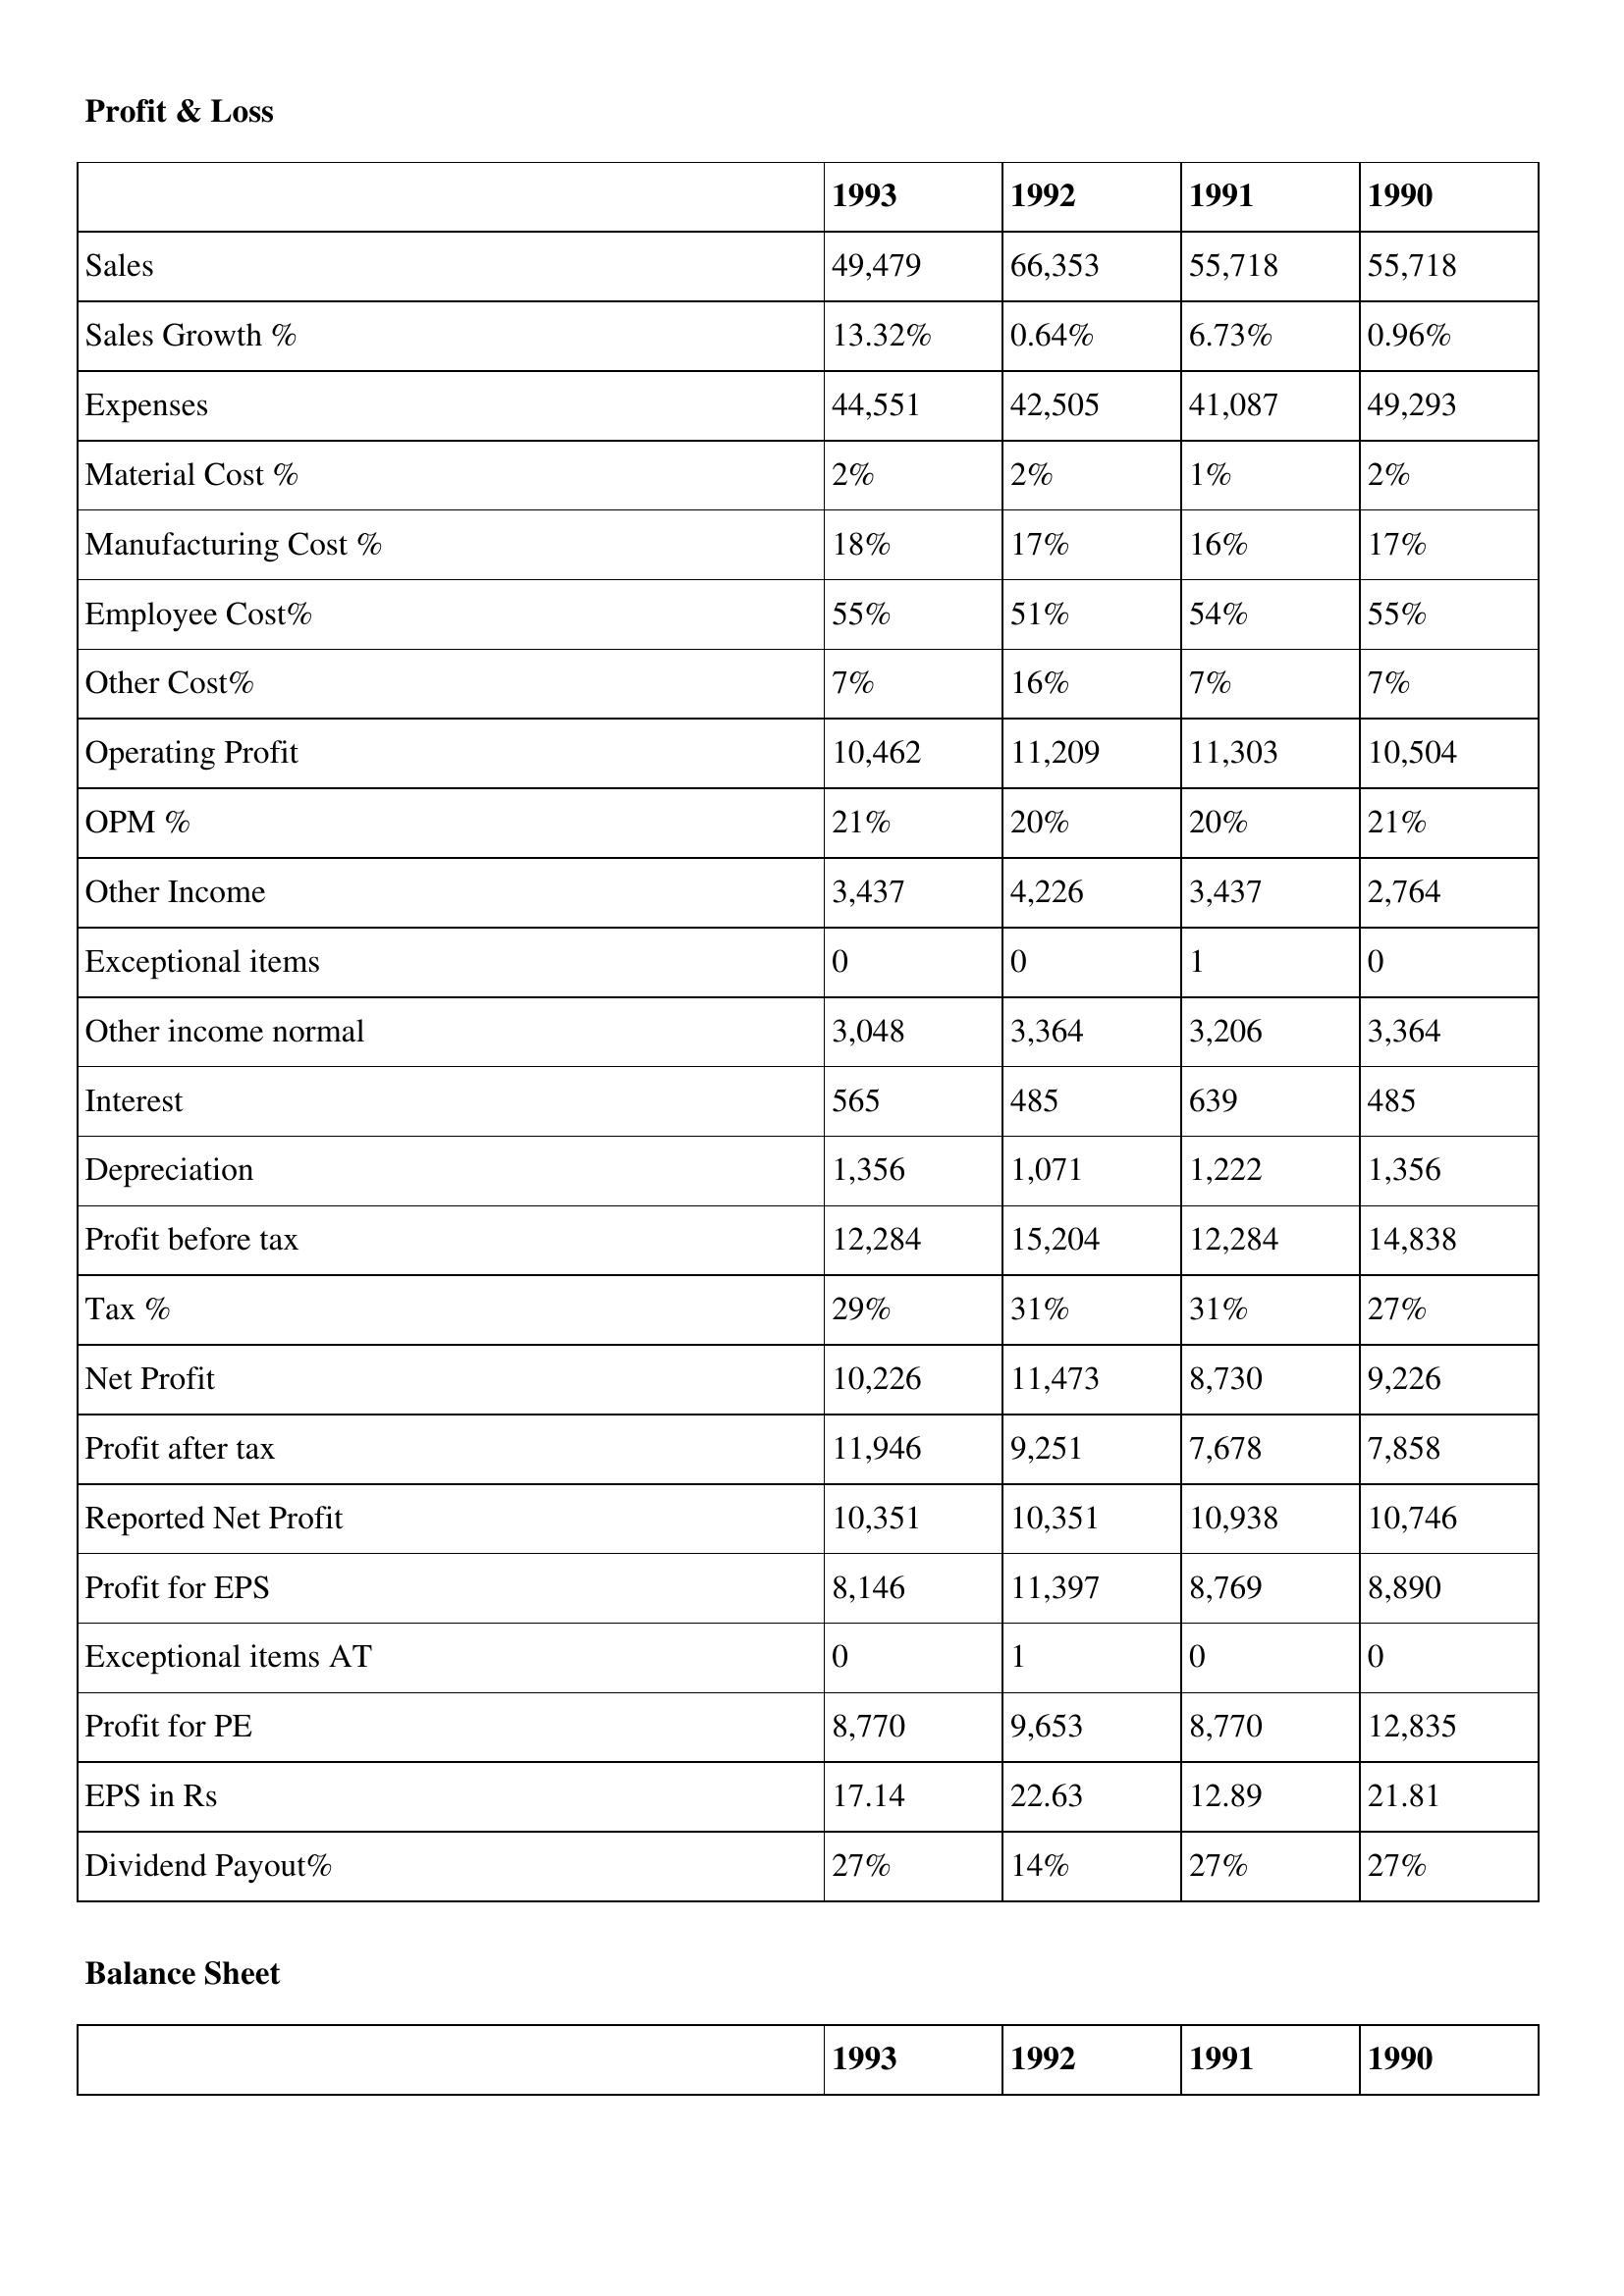
gt_parse: 1993: Profit & Loss: Sales: 49,479
Sales Growth %: 13.32%
Expenses: 44,551
Material Cost %: 2%
Manufacturing Cost %: 18%
Employee Cost%: 55%
Other Cost%: 7%
Operating Profit: 10,462
OPM %: 21%
Other Income: 3,437
Exceptional items: 0
Other income normal: 3,048
Interest: 565
Depreciation: 1,356
Profit before tax: 12,284
Tax %: 29%
Net Profit: 10,226
Profit after tax: 11,946
Reported Net Profit: 10,351
Profit for EPS: 8,146
Exceptional items AT: 0
Profit for PE: 8,770
EPS in Rs: 17.14
Dividend Payout%: 27%
1992: Profit & Loss: Sales: 66,353
Sales Growth %: 0.64%
Expenses: 42,505
Material Cost %: 2%
Manufacturing Cost %: 17%
Employee Cost%: 51%
Other Cost%: 16%
Operating Profit: 11,209
OPM %: 20%
Other Income: 4,226
Exceptional items: 0
Other income normal: 3,364
Interest: 485
Depreciation: 1,071
Profit before tax: 15,204
Tax %: 31%
Net Profit: 11,473
Profit after tax: 9,251
Reported Net Profit: 10,351
Profit for EPS: 11,397
Exceptional items AT: 1
Profit for PE: 9,653
EPS in Rs: 22.63
Dividend Payout%: 14%
1991: Profit & Loss: Sales: 55,718
Sales Growth %: 6.73%
Expenses: 41,087
Material Cost %: 1%
Manufacturing Cost %: 16%
Employee Cost%: 54%
Other Cost%: 7%
Operating Profit: 11,303
OPM %: 20%
Other Income: 3,437
Exceptional items: 1
Other income normal: 3,206
Interest: 639
Depreciation: 1,222
Profit before tax: 12,284
Tax %: 31%
Net Profit: 8,730
Profit after tax: 7,678
Reported Net Profit: 10,938
Profit for EPS: 8,769
Exceptional items AT: 0
Profit for PE: 8,770
EPS in Rs: 12.89
Dividend Payout%: 27%
1990: Profit & Loss: Sales: 55,718
Sales Growth %: 0.96%
Expenses: 49,293
Material Cost %: 2%
Manufacturing Cost %: 17%
Employee Cost%: 55%
Other Cost%: 7%
Operating Profit: 10,504
OPM %: 21%
Other Income: 2,764
Exceptional items: 0
Other income normal: 3,364
Interest: 485
Depreciation: 1,356
Profit before tax: 14,838
Tax %: 27%
Net Profit: 9,226
Profit after tax: 7,858
Reported Net Profit: 10,746
Profit for EPS: 8,890
Exceptional items AT: 0
Profit for PE: 12,835
EPS in Rs: 21.81
Dividend Payout%: 27%